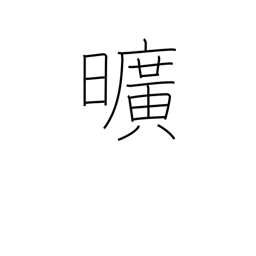
Meaning: worthless